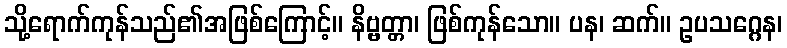
သို့ရောက်ကုန်သည်၏အဖြစ်ကြောင့်။ နိဗ္ဗတ္တာ၊ ဖြစ်ကုန်သော။ ပန၊ ဆက်။ ဥပသဂ္ဂေန၊